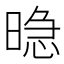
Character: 𱢘